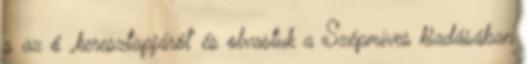
s az ő „keresztapjáról” és olvastuk a Szépmíves kiadásában